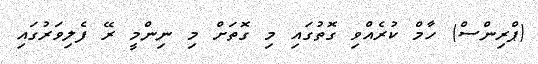
(ޕްރިންސް) ހާމް ކުރެއްވި ގޮތުގައި މި ގޮތަށް މި ނިންމީ ރޭ ފެލިވަރުގައި